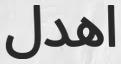
اھدل